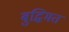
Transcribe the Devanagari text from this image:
बुद्धिमत